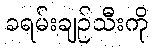
ခရမ်းချဉ်သီးကို